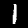
Digit: 1